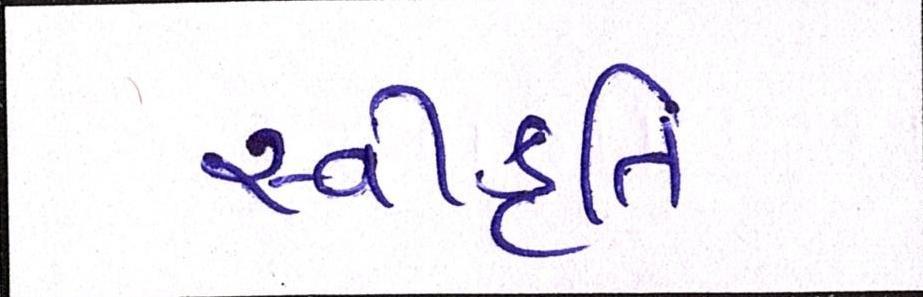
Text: સ્વીકૃતિ